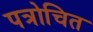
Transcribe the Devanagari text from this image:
पत्रोचित